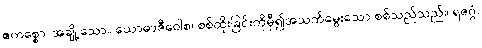
ဧကစ္စော၊ အချို့သော။ ယောဓာဇီဝေါစ၊ စစ်ထိုးခြင်းကိုမှီ၍အသက်မွေးသော စစ်သည်သည်။ ရဇဂ္ဂံ၊